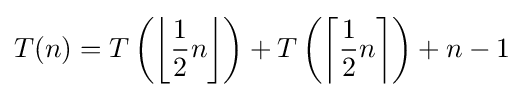
T(n)=T\left(\left\lfloor {\frac {1}{2}}n\right\rfloor \right)+T\left(\left\lceil {\frac {1}{2}}n\right\rceil \right)+n-1